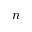
n